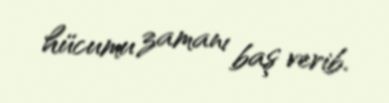
hücumu zamanı baş verib.